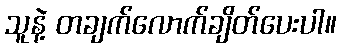
သူနဲ့ တချက်လောက်ချိတ်ပေးပါ။